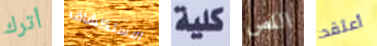
أترك الاستكشاف كلية اللص أعتقد